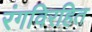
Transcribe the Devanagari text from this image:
रंगविरहित